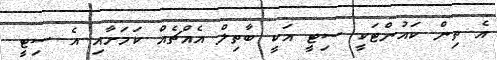
އެ ތިން ކައުންޓަކީ ސިޓީ އަކީ ބާތިލް އެއްޗެއް ކަމަށާއި އެ ސިޓީ